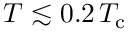
T \lesssim 0 . 2 \, T _ { \mathrm { c } }